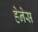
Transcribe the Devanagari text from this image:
हेनेस